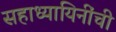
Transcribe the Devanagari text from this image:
सहाध्यायिनींची